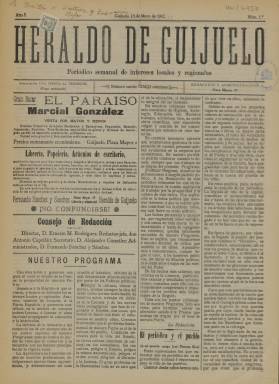
Título: Heraldo de Guijuelo
Colección: Periódicos
Ámbito geográfico: Salamanca
Lugar de publicación: Guijuelo [Salamanca]
Fechas: 13/05/1911-13/05/1911

Poco es lo que se puede decir de este periódico local de la población salmantina de Guijuelo, dado que poco es el rastro que ha dejado. La Biblioteca Nacional de España posee solo el primer número, publicado el 13 de mayo de 1911. Se desconoce cuándo dejó de editarse, aunque es previsible que no tuviera mucho recorrido.

   Según reza su subtítulo se trata de un periódico semanal de intereses locales y regionales que era ajeno a la política. Así lo declara en su artículo de presentación: ‘¿Política? Ninguna; nosotros no pertenecemos a ningún partido político. A los redactores de este periódico solamente les une en estrechos lazos la común aspiración de trabajar por la prosperidad y la cultura de esta tierra. Esa aspiración es la única política que nosotros tenemos; a que se realice pueden contribuir los hombres todos, sea cual fuere su credo político’.

   Sabemos algo más de este periódico local porque, días antes de que saliera, el diario de Salamanca, El Adelanto, publicó una noticia informando de que los promotores eran jóvenes de Guijuelo que querían fomentar la cultura en la población. Decía que la redacción era apolítica y que no admitiría ninguna colaboración que no tratara de Derecho, Ciencias, Literatura, Pedagogía, Historia y otras materias ajenas a la lucha partidista. El redactor jefe del Heraldo de Guijuelo, Antonio Capellán, era corresponsal de El Adelanto, y el administrador, Fernando Sánchez, poseía una librería en la plaza mayor de Guijuelo.

   El periódico, de cuatro páginas, contaba con un gran número de anuncios de establecimientos industriales y comerciales de Guijuelo y la comarca, lo que haría posible su financiación durante el tiempo en que se editó. En 1911 Guijuelo contaba con cerca de 2.000 habitantes. La localidad había ido ganando población e importancia desde que a finales del siglo XIX se creara una estación de ferrocarril en la Ruta de la Plata.

   El contenido de esta publicación está circunscrito a artículos de fondo y noticias locales. Son estas últimas las que le dan un color especial. Muchas de ellas son un reflejo de las costumbres de la época y del progreso en general. Por ejemplo, esta noticia de la llegada del cine a Guijuelo: ‘El día 9 salió para Salamanca el dueño del cinematógrafo que se ha exhibido en el Teatro Galán, don Matías Sánchez. Todos los días de su estancia en esta villa ha sido el espectáculo de predilección del público, viéndose todas las sesiones concurridísimas, por las bonitas y cómicas cintas que nos ha presentado’.

[Descripción publicada el 16/8/2022]